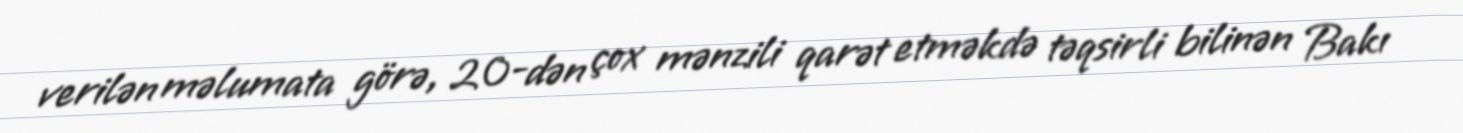
verilən məlumata görə, 20-dən çox mənzili qarət etməkdə təqsirli bilinən Bakı